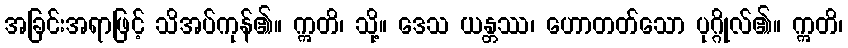
အခြင်းအရာဖြင့် သိအပ်ကုန်၏။ ဣတိ၊ သို့။ ဒေသ ယန္တဿ၊ ဟောတတ်သော ပုဂ္ဂိုလ်၏။ ဣတိ၊